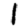
Digit: 1